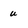
Character: u